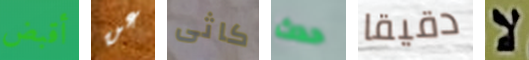
أقبض عن كاثى حدث دقيقا لا